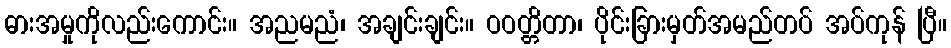
ဓားအမှုကိုလည်းကောင်း။ အညမညံ၊ အချင်းချင်း။ ဝဝတ္တိတာ၊ ပိုင်းခြားမှတ်အမည်တပ် အပ်ကုန် ပြီ။